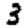
Digit: 3